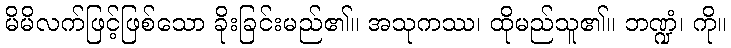
မိမိလက်ဖြင့်ဖြစ်သော ခိုးခြင်းမည်၏။ အသုကဿ၊ ထိုမည်သူ၏။ ဘဏ္ဍံ၊ ကို။